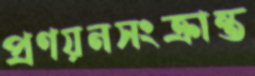
প্রণয়নসংক্রান্ত